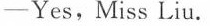
-Yes,Miss Liu.